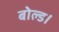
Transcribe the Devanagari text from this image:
बोल्ड।